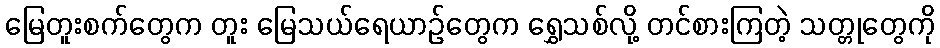
မြေတူးစက်တွေက တူး မြေသယ်ရေယာဉ်တွေက ရွှေသစ်လို့ တင်စားကြတဲ့ သတ္တုတွေကို